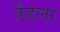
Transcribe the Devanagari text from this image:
डेहला